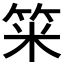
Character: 𥭁